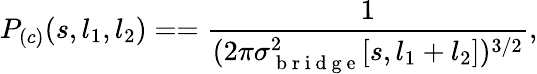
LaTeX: P_{(c)}(s,l_{1},l_{2})==\frac{1}{(2\pi\sigma_{\mathrm{~b~r~i~d~g~e~}}^{2}[s,l_{1}+l_{2}])^{3/2}},